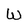
Character: W